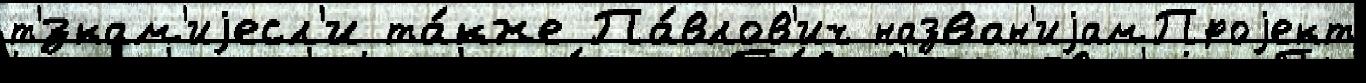
т'́зкам'иjесл'и та́кже Па́влов'ич назван'иjамПроjект